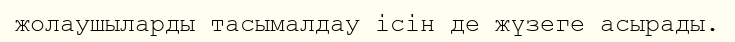
жолаушыларды тасымалдау ісін де жүзеге асырады.